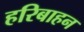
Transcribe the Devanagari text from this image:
हरिबाहन